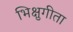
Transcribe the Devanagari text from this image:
भिक्षुगीता